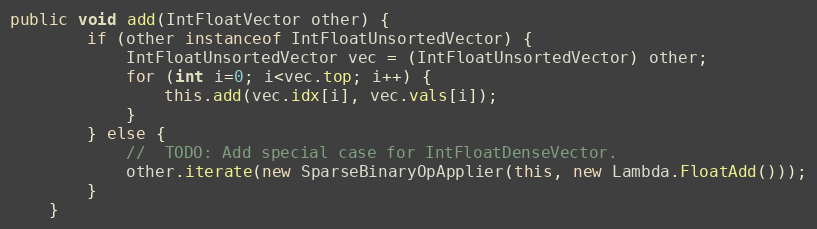
Language: Java
public void add(IntFloatVector other) {
        if (other instanceof IntFloatUnsortedVector) {
            IntFloatUnsortedVector vec = (IntFloatUnsortedVector) other;
            for (int i=0; i<vec.top; i++) {
                this.add(vec.idx[i], vec.vals[i]);
            }
        } else {
            //  TODO: Add special case for IntFloatDenseVector.
            other.iterate(new SparseBinaryOpApplier(this, new Lambda.FloatAdd()));
        }
    }